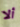
ألا